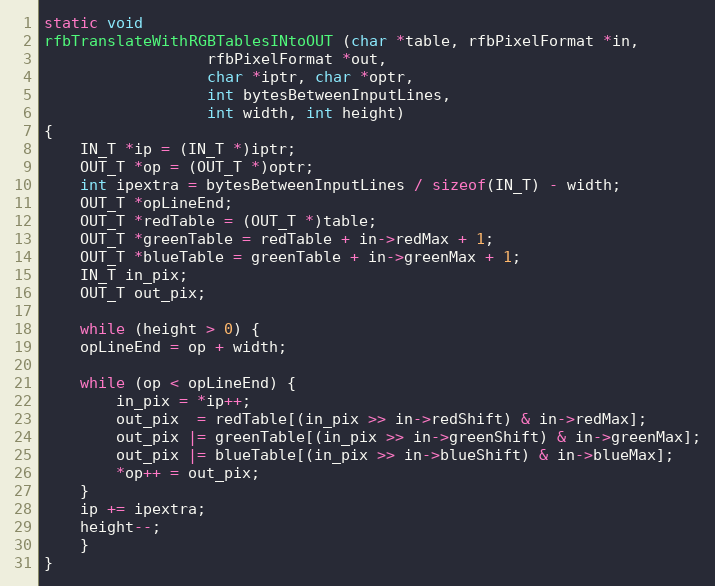
Language: C++
static void
rfbTranslateWithRGBTablesINtoOUT (char *table, rfbPixelFormat *in,
				  rfbPixelFormat *out,
				  char *iptr, char *optr,
				  int bytesBetweenInputLines,
				  int width, int height)
{
    IN_T *ip = (IN_T *)iptr;
    OUT_T *op = (OUT_T *)optr;
    int ipextra = bytesBetweenInputLines / sizeof(IN_T) - width;
    OUT_T *opLineEnd;
    OUT_T *redTable = (OUT_T *)table;
    OUT_T *greenTable = redTable + in->redMax + 1;
    OUT_T *blueTable = greenTable + in->greenMax + 1;
    IN_T in_pix;
    OUT_T out_pix;

    while (height > 0) {
	opLineEnd = op + width;

	while (op < opLineEnd) {
	    in_pix = *ip++;
	    out_pix  = redTable[(in_pix >> in->redShift) & in->redMax];
	    out_pix |= greenTable[(in_pix >> in->greenShift) & in->greenMax];
	    out_pix |= blueTable[(in_pix >> in->blueShift) & in->blueMax];
	    *op++ = out_pix;
	}
	ip += ipextra;
	height--;
    }
}